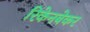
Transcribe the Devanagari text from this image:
रिकेनबेकर